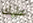
عليك